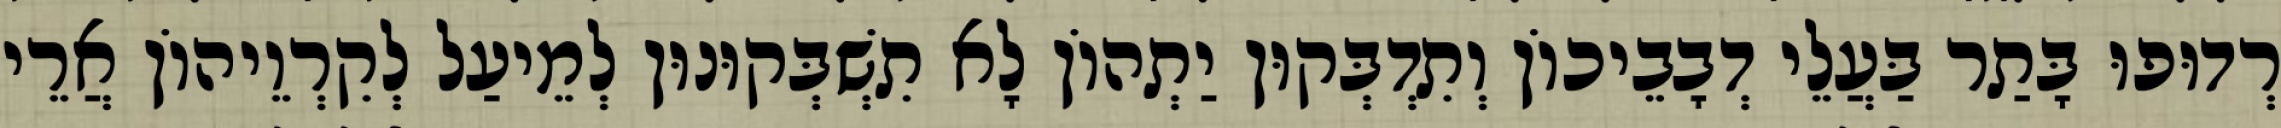
רְדוּפוּ בָּתַר בַּעֲלֵי דְבָבֵיכוֹן וְתִדְבְּקוּן יַתְהוֹן לָא תִשְׁבְּקוּנוּן לְמֵיעַל לְקִרְוֵיהוֹן אֲרֵי